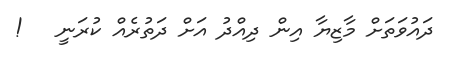
ދައުވަތަށް މާޒިޔާ އިން ދިއްދު އަށް ދަތުރެއް ކުރަނީ   !